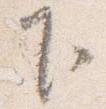
下